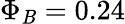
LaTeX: \Phi_{\mathit{B}}=0.24